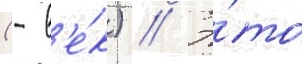
(- в'е́к) // Э́то